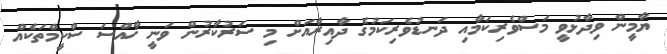
ޔާމީން ވިދާޅުވީ މަސްވެރިކަމާއި ދަނޑުވެރިކަމުގެ ދާއިރާއަށް މި ސަރުކާރުން ވަނީ ޚާއްސަ ސްކީމްތަކެއް